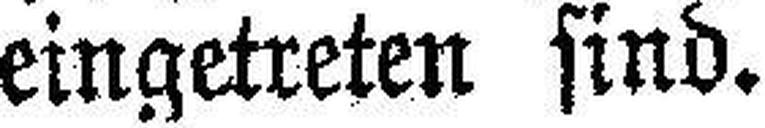
eingetreten sind.